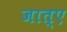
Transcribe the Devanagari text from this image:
जात्ए